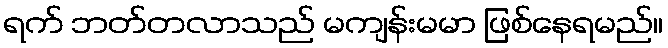
ရက် ဘတ်တလာသည် မကျန်းမမာ ဖြစ်နေရမည်။